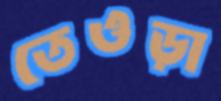
তেওড়া